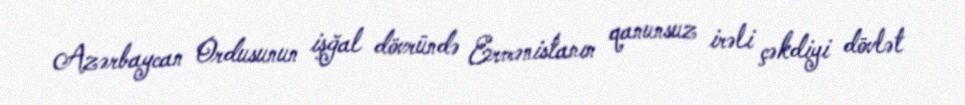
Azərbaycan Ordusunun işğal dövründə Ermənistanın qanunsuz irəli çəkdiyi dövlət